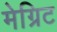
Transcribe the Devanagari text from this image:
मेग्रिट